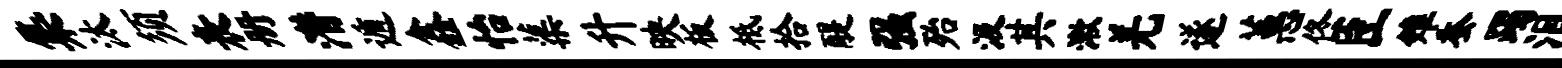
集汰须表册潜遁鑫怡蕖升映板柢拾醍强殆汲其漱羌遂蕙佟臣雉蚕躅泪